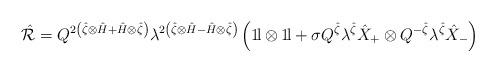
LaTeX: \begin{align*}\hat{\cal R} = Q^{2 \left( \hat{\zeta} \otimes \hat{H} + \hat{H}\otimes \hat{\zeta} \right)} \lambda ^{2 \left( \hat{\zeta} \otimes\hat{H} - \hat{H} \otimes \hat{\zeta} \right)} \left( 1\!{\rm l} \otimes1\!{\rm l} + \sigma Q^{\hat{\zeta}} \lambda ^{\hat{\zeta}} \hat{X}_+\otimes Q^{-\hat{\zeta}} \lambda ^{\hat{\zeta}} \hat{X}_- \right)\end{align*}